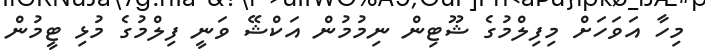
މިހާ އަވަހަށް މިފިލްމުގެ ޝޫޓިން ނިމުމުން އަކްޝޭ ވަނީ ފިލްމުގެ މުޅި ޓީމުން